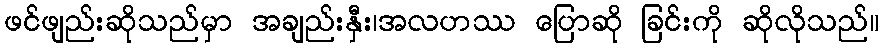
ဖင်ဖျည်းဆိုသည်မှာ အချည်းနှီး၊အလဟဿ ပြောဆို ခြင်းကို ဆိုလိုသည်။